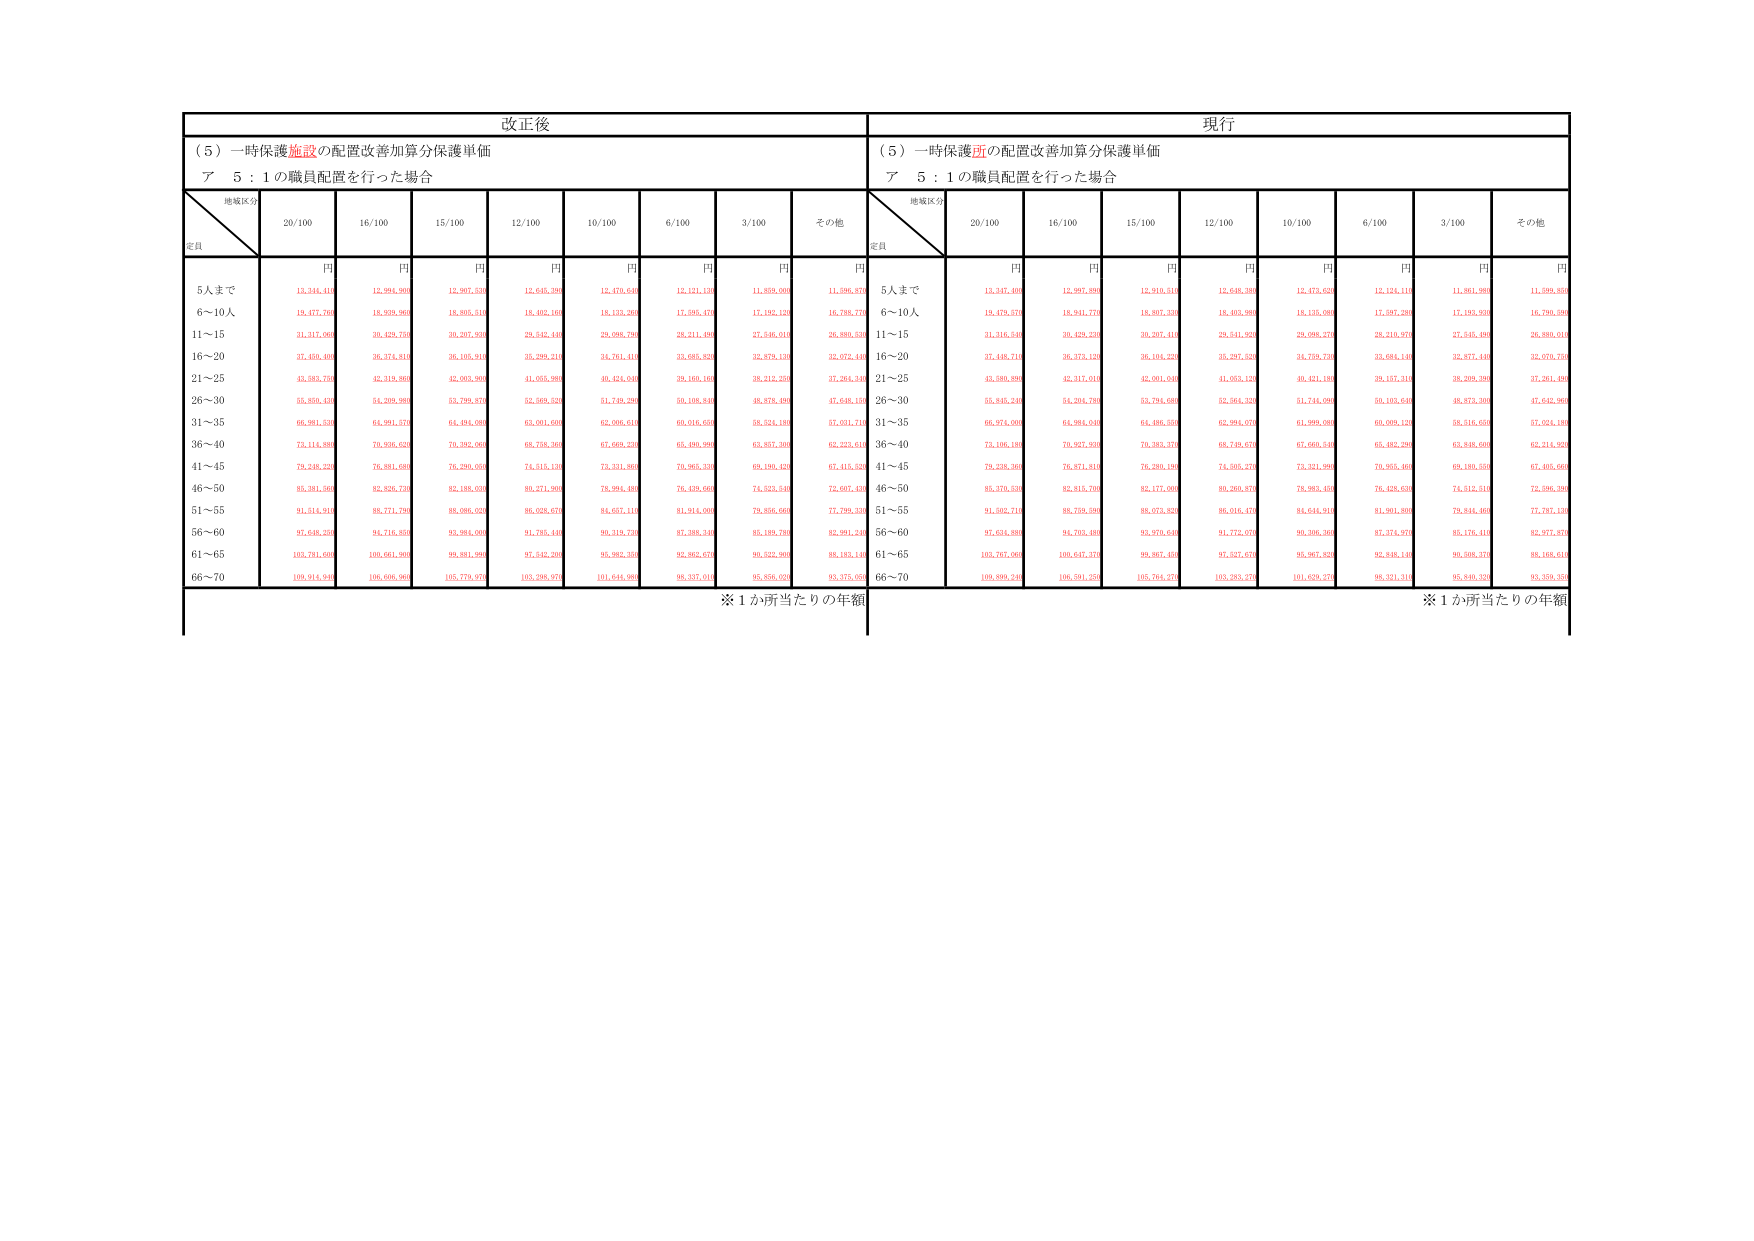
改正後
（５）一時保護施設の配置改善加算分保護単価
ア　５：１の職員配置を行った場合
地域区分
定員
20/100
16/100
15/100
12/100
10/100
6/100
3/100
その他
円
円
円
円
円
円
円
円
5人まで
12,346,410
12,994,960
12,967,530
12,640,380
12,470,640
12,121,120
11,859,000
11,596,870
6～10人
19,477,760
18,939,960
18,805,510
18,402,160
18,133,260
17,585,470
17,182,120
16,788,770
11～15
31,317,060
30,429,730
30,267,930
29,542,440
29,086,790
28,211,480
27,546,010
26,860,530
16～20
37,460,400
36,374,810
36,105,910
35,289,210
34,761,410
33,685,820
32,879,120
32,072,440
21～25
43,583,750
42,319,860
42,063,990
41,005,980
40,424,040
39,160,160
38,212,250
37,264,340
26～30
55,856,410
54,209,980
53,799,870
52,569,520
51,739,290
50,108,840
48,878,490
47,648,150
31～35
66,981,530
64,991,570
64,484,080
63,001,600
62,006,610
60,016,650
58,524,180
57,031,710
36～40
73,114,800
70,936,820
70,382,060
68,738,360
67,663,230
65,480,260
63,857,360
62,223,670
41～45
79,248,220
76,881,680
76,290,060
74,515,130
73,331,860
70,965,320
69,190,420
67,415,520
46～50
85,381,560
82,826,730
82,188,050
80,271,900
78,994,480
76,439,660
74,523,540
72,607,430
51～55
91,514,910
88,771,780
88,086,020
86,028,670
84,651,110
81,914,000
79,856,060
77,799,320
56～60
97,648,250
94,716,850
93,984,000
91,785,440
90,319,730
87,388,340
85,189,780
82,991,240
61～65
103,781,600
100,661,900
99,881,990
97,542,200
95,983,350
92,862,670
90,522,900
88,183,140
66～70
109,914,940
106,606,960
105,779,970
103,306,970
101,644,980
98,337,040
95,856,050
93,375,050
※１か所当たりの年額

現行
（５）一時保護所の配置改善加算分保護単価
ア　５：１の職員配置を行った場合
地域区分
定員
20/100
16/100
15/100
12/100
10/100
6/100
3/100
その他
円
円
円
円
円
円
円
円
5人まで
13,347,460
12,997,880
12,910,510
12,648,380
12,473,620
12,124,110
11,861,980
11,599,850
6～10人
19,479,570
18,941,770
18,807,330
18,403,980
18,135,080
17,587,280
17,183,930
16,790,580
11～15
31,316,540
30,429,230
30,267,410
29,541,920
29,086,270
28,210,970
27,545,490
26,860,010
16～20
37,448,710
36,373,120
36,104,220
35,287,520
34,759,730
33,684,140
32,877,440
32,070,750
21～25
43,589,890
42,317,010
42,061,040
41,053,120
40,471,180
39,157,310
38,209,390
37,261,490
26～30
55,845,240
54,204,780
53,794,680
52,564,320
51,744,090
50,103,640
48,873,300
47,642,960
31～35
66,974,000
64,984,040
64,486,550
62,994,070
61,999,080
60,009,120
58,516,650
57,024,180
36～40
73,106,180
70,927,830
70,383,370
68,749,670
67,666,540
65,482,250
63,848,050
62,214,920
41～45
79,238,360
76,871,810
76,280,190
74,505,270
73,321,990
70,955,460
69,180,560
67,405,660
46～50
85,370,530
82,815,700
82,177,000
80,260,870
78,983,450
76,428,630
74,512,510
72,596,390
51～55
91,502,710
88,758,580
88,073,820
86,016,470
84,644,970
81,901,850
79,844,460
77,787,150
56～60
97,634,880
94,703,480
93,970,640
91,772,070
90,306,560
87,374,970
85,176,410
82,977,870
61～65
103,767,060
100,647,370
99,867,450
97,527,670
95,967,820
92,848,140
90,508,370
88,168,610
66～70
109,899,240
106,591,250
105,764,270
103,283,270
101,629,370
98,321,310
95,840,320
93,359,350
※１か所当たりの年額